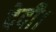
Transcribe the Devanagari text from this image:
देदी।